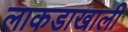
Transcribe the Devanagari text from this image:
लाकडाखाली